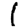
Digit: 1